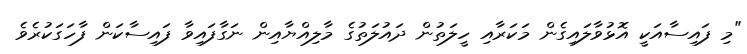
"މި ފައިސާއަކީ އޮޅުވާލައިގެން މަކަރާއި ހީލަތުން ދައުލަތުގެ މާލިއްޔާއިން ނަގާފައިވާ ފައިސާކަން ފާހަގަކުރެވެ